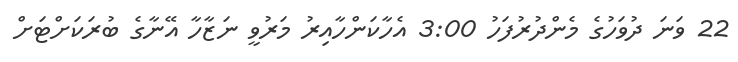
22 ވަނަ ދުވަހުގެ މެންދުރުފަހު 3:00 އެހާކަންހާއިރު މަރުވީ ނަޒާހާ އޭނާގެ ބުރަކަށްޓަށް